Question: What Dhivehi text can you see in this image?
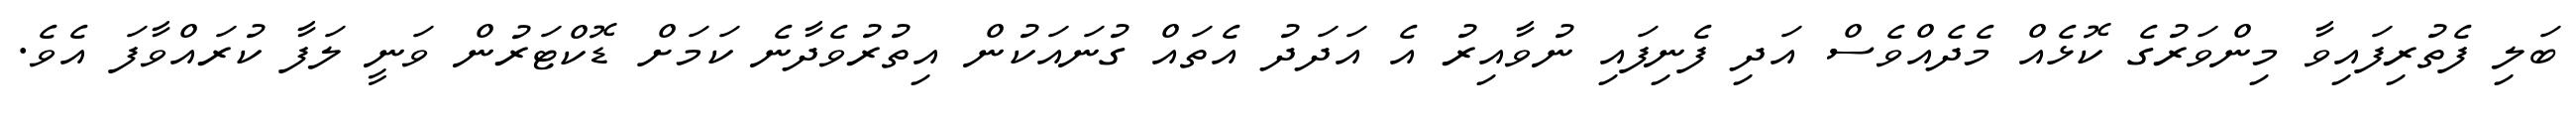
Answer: ބަލި ފެތުރިފައިވާ މިންވަރުގެ ކޮޅެއް މެދެއްވެސް އަދި ފެނިފައި ނުވާއިރު އެ އަދަދު އެތައް ގުނައަކުން އިތުރުވެދާނެ ކަމަށް ޑޮކްޓަރުން ވަނީ ލަފާ ކުރައްވާފަ އެވެ.